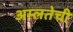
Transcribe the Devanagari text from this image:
अम्लतेची